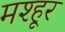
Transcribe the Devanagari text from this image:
मश्‍हूर